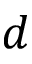
d